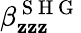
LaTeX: \beta_{\mathbf{z}\mathbf{z}\mathbf{z}}^{\mathrm{{~S~H~G~}}}